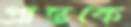
প্রান্তকে